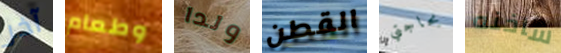
آخر وطعام ولدا القطن بحاجتي ساخنه